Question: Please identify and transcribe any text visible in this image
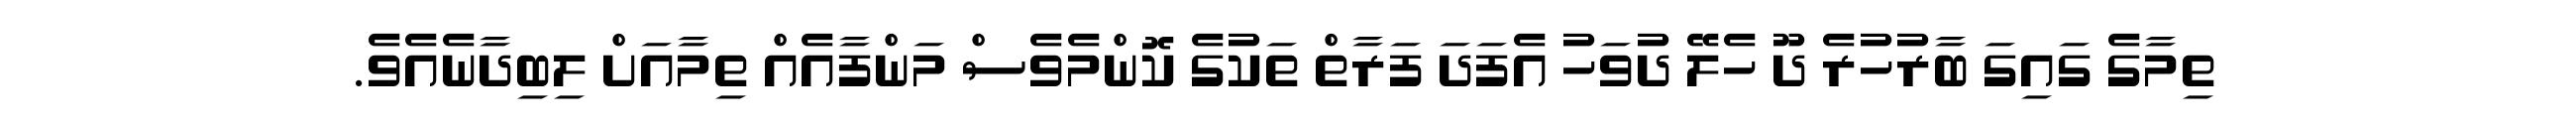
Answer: ތިމާގެ ގައިގަ ބާރުހުރެ ދޫ ހެލޭ ދުވަހު އެފަދަ ފަރާތް ތަކުގެ ކޮންމެވެސް މަންފާއެއް ތިމާއަށް ލިބިދާނެއެވެ.